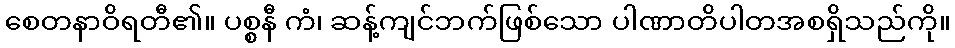
စေတနာဝိရတီ၏။ ပစ္စနီ ကံ၊ ဆန့်ကျင်ဘက်ဖြစ်သော ပါဏာတိပါတအစရှိသည်ကို။